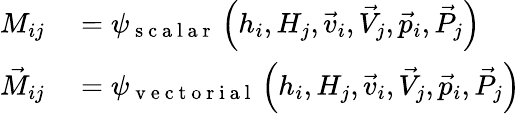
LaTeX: \begin{array}{rl}{M_{ij}}&{{}=\psi_{\mathrm{~s~c~a~l~a~r~}}\left(h_{i},H_{j},\vec{v}_{i},\vec{V}_{j},\vec{p}_{i},\vec{P}_{j}\right)}\\ {\vec{M}_{ij}}&{{}=\psi_{\mathrm{~v~e~c~t~o~r~i~a~l~}}\left(h_{i},H_{j},\vec{v}_{i},\vec{V}_{j},\vec{p}_{i},\vec{P}_{j}\right)}\end{array}